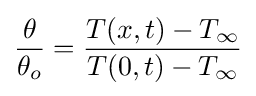
{\frac {\theta }{\theta _{o}}}={\frac {T(x,t)-T_{\infty }}{T(0,t)-T_{\infty }}}